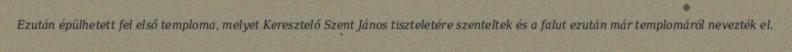
Ezután épülhetett fel első temploma, melyet Keresztelő Szent János tiszteletére szenteltek és a falut ezután már templomáról nevezték el.